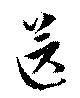
送